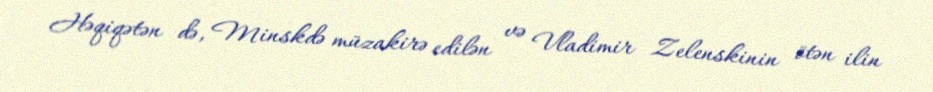
Həqiqətən də, Minskdə müzakirə edilən və Vladimir Zelenskinin ötən ilin